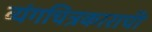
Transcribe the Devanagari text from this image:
व्यंगचित्रकाराची